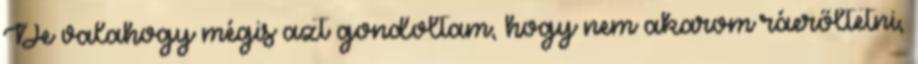
De valahogy mégis azt gondoltam, hogy nem akarom ráerőltetni,